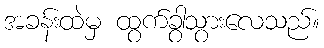
အခန်းထဲမှ ထွက်ခွာသွားလေသည်။